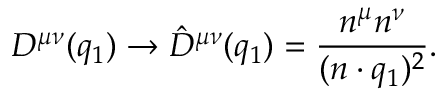
D ^ { \mu \nu } ( q _ { 1 } ) \to \hat { D } ^ { \mu \nu } ( q _ { 1 } ) = \frac { n ^ { \mu } n ^ { \nu } } { ( n \cdot q _ { 1 } ) ^ { 2 } } .